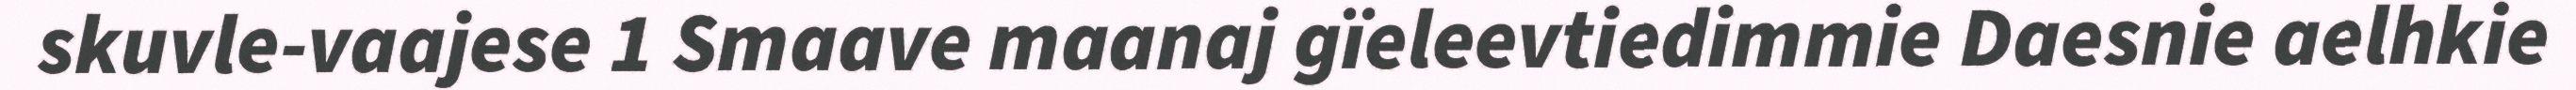
skuvle-vaajese 1 Smaave maanaj gïeleevtiedimmie Daesnie aelhkie